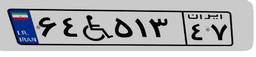
۰۳W۰۰۳۴۳